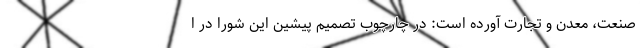
صنعت، معدن و تجارت آورده است: در چارچوب تصمیم پیشین این شورا در ا